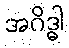
အဂိဒ္ဓါ